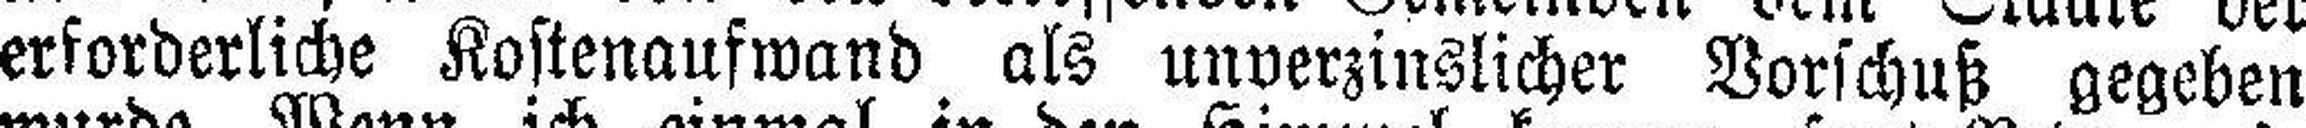
erforderliche Kostenaufwand als unverzinslicher Vorschuß gegeben